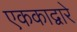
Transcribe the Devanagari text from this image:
एककाद्वारे